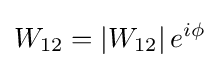
W_{12}=\left|W_{12}\right|e^{i\phi }